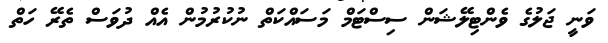
ވަނީ ޖަލުގެ ވެންޓިލޭޝަން ސިސްޓަމް މަސައްކަތް ނުކުރުމުން އެއް ދުވަސް ތެރޭ ހަތް